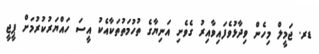
ޑރ. ޖަމީލް މިހެން ވިދާޅުވެފައިވާއިރު ގެވެށި އަނިޔާގެ ތުހުމަތުތަކާއެކު އީސަ ހައްޔަރުކުރުމަށް ޕީޖީ